Scottish Leaving Certificate Examination, 1958
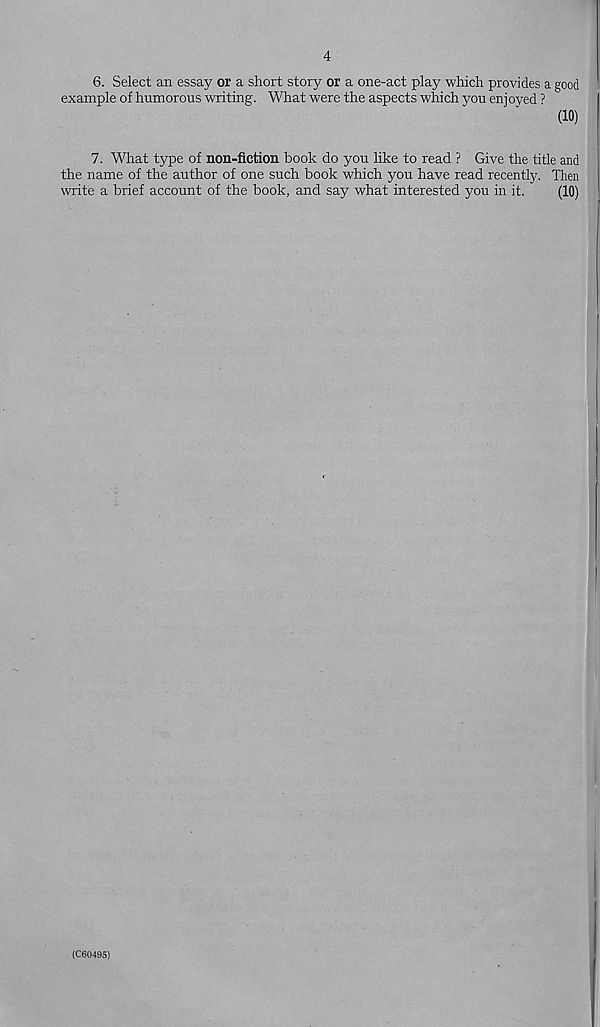
4
6. Select an essay or a short story or a one-act play which provides a good
example of humorous writing. What were the aspects which you enjoyed ?
(10)
7. What type of non-fiction book do you like to read ? Give the title and
the name of the author of one such book which you have read recently. Then
write a brief account of the book, and say what interested you in it.
(10)
(C60495)